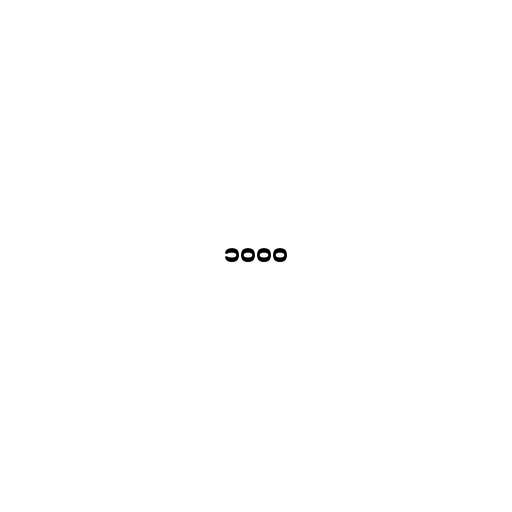
၁၀၀၀